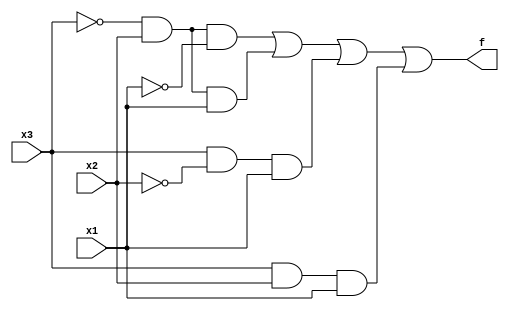
module top_module( 
    input x3,
    input x2,
    input x1,  // three inputs
    output f   // one output
);
	//here sum of products is used
    assign f = (~x3&x2&~x1) | (~x3&x2&x1) | (x3&~x2&x1) | (x3&x2&x1);
endmodule